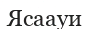
Ясаауи